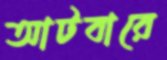
আটবারে